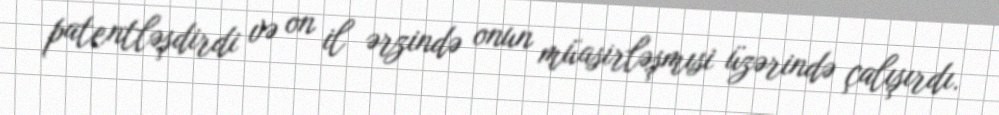
patentləşdirdi və on il ərzində onun müasirləşmısi üzərində çalışırdı.